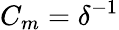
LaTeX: C_{m}=\delta^{-1}